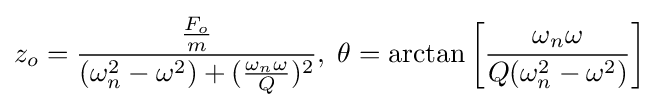
z_{o}={\frac {\frac {F_{o}}{m}}{(\omega _{n}^{2}-\omega ^{2})+({\frac {\omega _{n}\omega }{Q}})^{2}}},\;\theta =\arctan \left[{\frac {\omega _{n}\omega }{Q(\omega _{n}^{2}-\omega ^{2})}}\right]\,\!